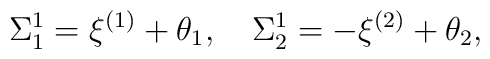
\Sigma^1_1=\xi^{(1)}+\theta_1,\quad\Sigma^1_2=-\xi^{(2)}+\theta_2,